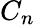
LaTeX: C_{n}